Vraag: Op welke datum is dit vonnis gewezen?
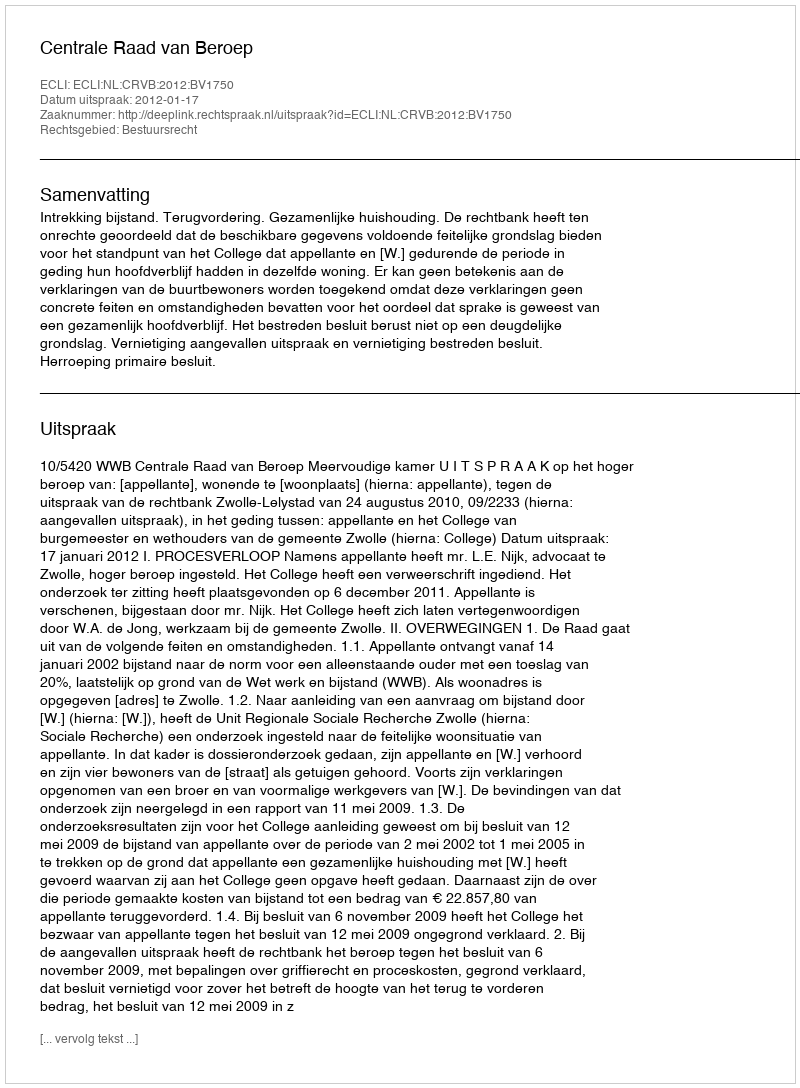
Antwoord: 2012-01-17